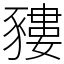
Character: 䝏